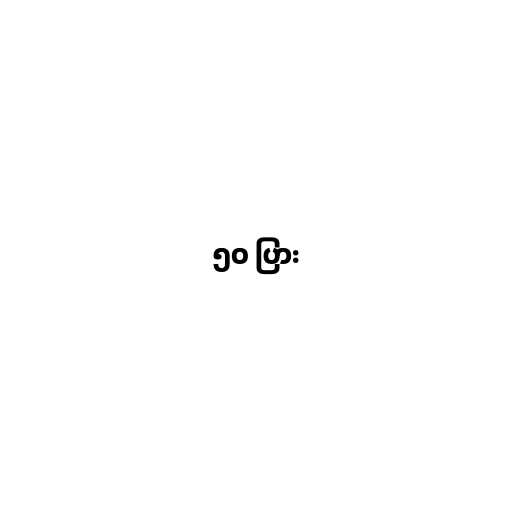
၅၀ ပြား